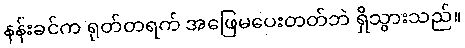
နန်းခင်က ရုတ်တရက် အဖြေမပေးတတ်ဘဲ ရှိသွားသည်။